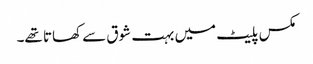
مکس پلیٹ میں بہت شوق سے کھاتا تھے۔